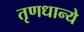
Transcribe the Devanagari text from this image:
तृणधान्ये